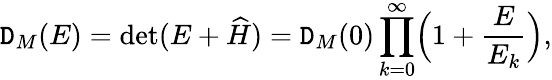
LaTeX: \mathtt{D}_{M}(E)=\mathrm{{det}}(E+\widehat{{H}})=\mathtt{D}_{M}(0)\prod_{k=0}^{\infty}\Bigl(1+\frac{{E}}{{E_{k}}}\Bigr),